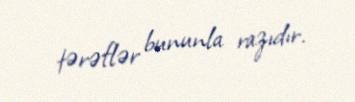
tərəflər bununla razıdır.